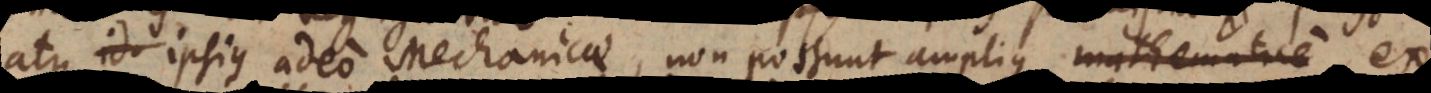
atque ipsius adeo Mechanicae, non possunt amplius m